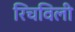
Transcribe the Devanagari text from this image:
रिचविली